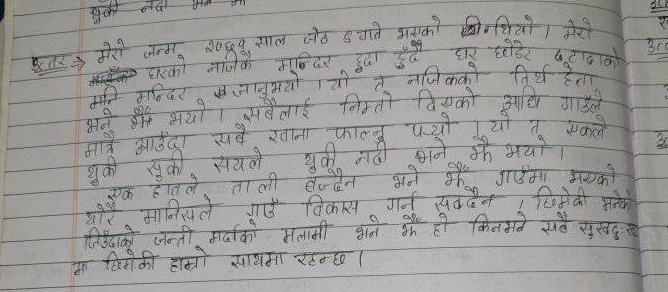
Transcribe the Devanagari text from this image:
इतर मेरो जन्म २०६९ साल जेठ इयाने भएको शिथियो । मेरो
मका घरको नजिकै मन्दिर हुदा हुँदै, घर छोडेर छुटाढाको उ
मानि मन्दिर जानुभयो । यो त नजिकको तिर्थ हेला
भने झै। भयो । सबैलाई निम्तो दिएको आधि गाउँले
मात्रै आउँदा सबै खाना फाल्नु पर्यो । यो तू एकले
शुकी सुकी, सयले थुकू नदी भने झै भयो ।
• एक हातले ताली बन्दैन भने झै गाउँमा भएको
योरै मानिसले गाउँ विकास गर्न सक्दैन । छिमेकी भनेक
जिउँदाको जन्ती मर्दाको मलामी भने झै हो किनभने सबै सुखद् ख
मा छिमेकी हाम्रो साथमा रहन्छ ।